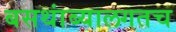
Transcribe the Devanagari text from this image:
बसथांब्यालगतच